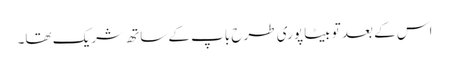
اس کے بعد تو بیٹا پوری طرح باپ کے ساتھ شریک تھا۔